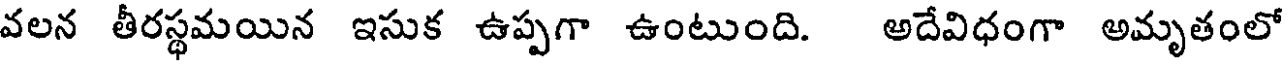
వలన తీరస్థమయిన ఇసుక ఉప్పగా ఉంటుంది. అదేవిధంగా అమృతంలో